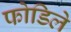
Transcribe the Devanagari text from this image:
फोडिले